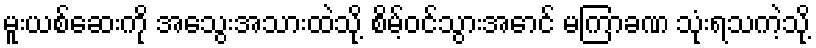
မူးယစ်ဆေးကို အသွေးအသားထဲသို့ စိမ့်ဝင်သွားအောင် မကြာခဏ သုံးရသကဲ့သို့